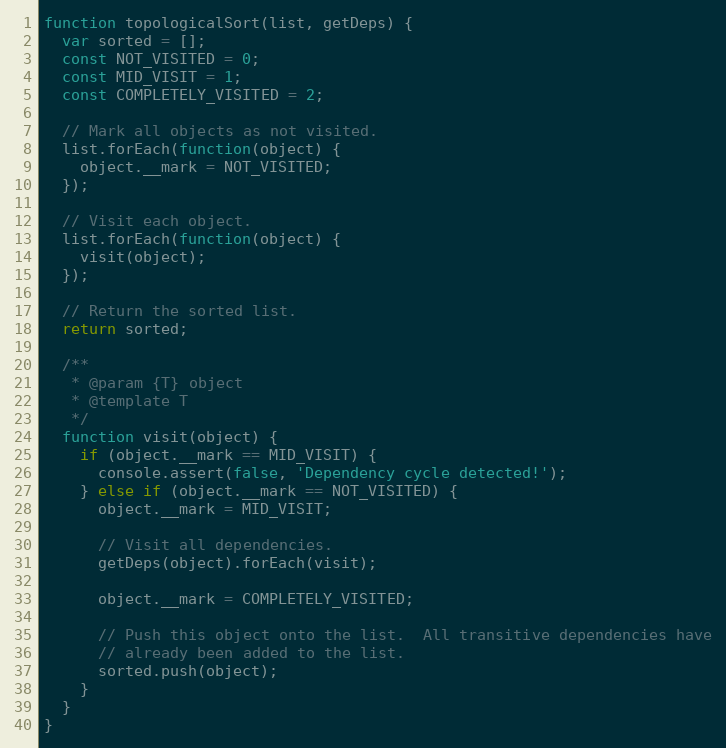
Language: JavaScript
function topologicalSort(list, getDeps) {
  var sorted = [];
  const NOT_VISITED = 0;
  const MID_VISIT = 1;
  const COMPLETELY_VISITED = 2;

  // Mark all objects as not visited.
  list.forEach(function(object) {
    object.__mark = NOT_VISITED;
  });

  // Visit each object.
  list.forEach(function(object) {
    visit(object);
  });

  // Return the sorted list.
  return sorted;

  /**
   * @param {T} object
   * @template T
   */
  function visit(object) {
    if (object.__mark == MID_VISIT) {
      console.assert(false, 'Dependency cycle detected!');
    } else if (object.__mark == NOT_VISITED) {
      object.__mark = MID_VISIT;

      // Visit all dependencies.
      getDeps(object).forEach(visit);

      object.__mark = COMPLETELY_VISITED;

      // Push this object onto the list.  All transitive dependencies have
      // already been added to the list.
      sorted.push(object);
    }
  }
}